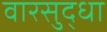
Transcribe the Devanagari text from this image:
वारसुद्धा